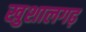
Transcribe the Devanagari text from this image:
खुशालगढ़